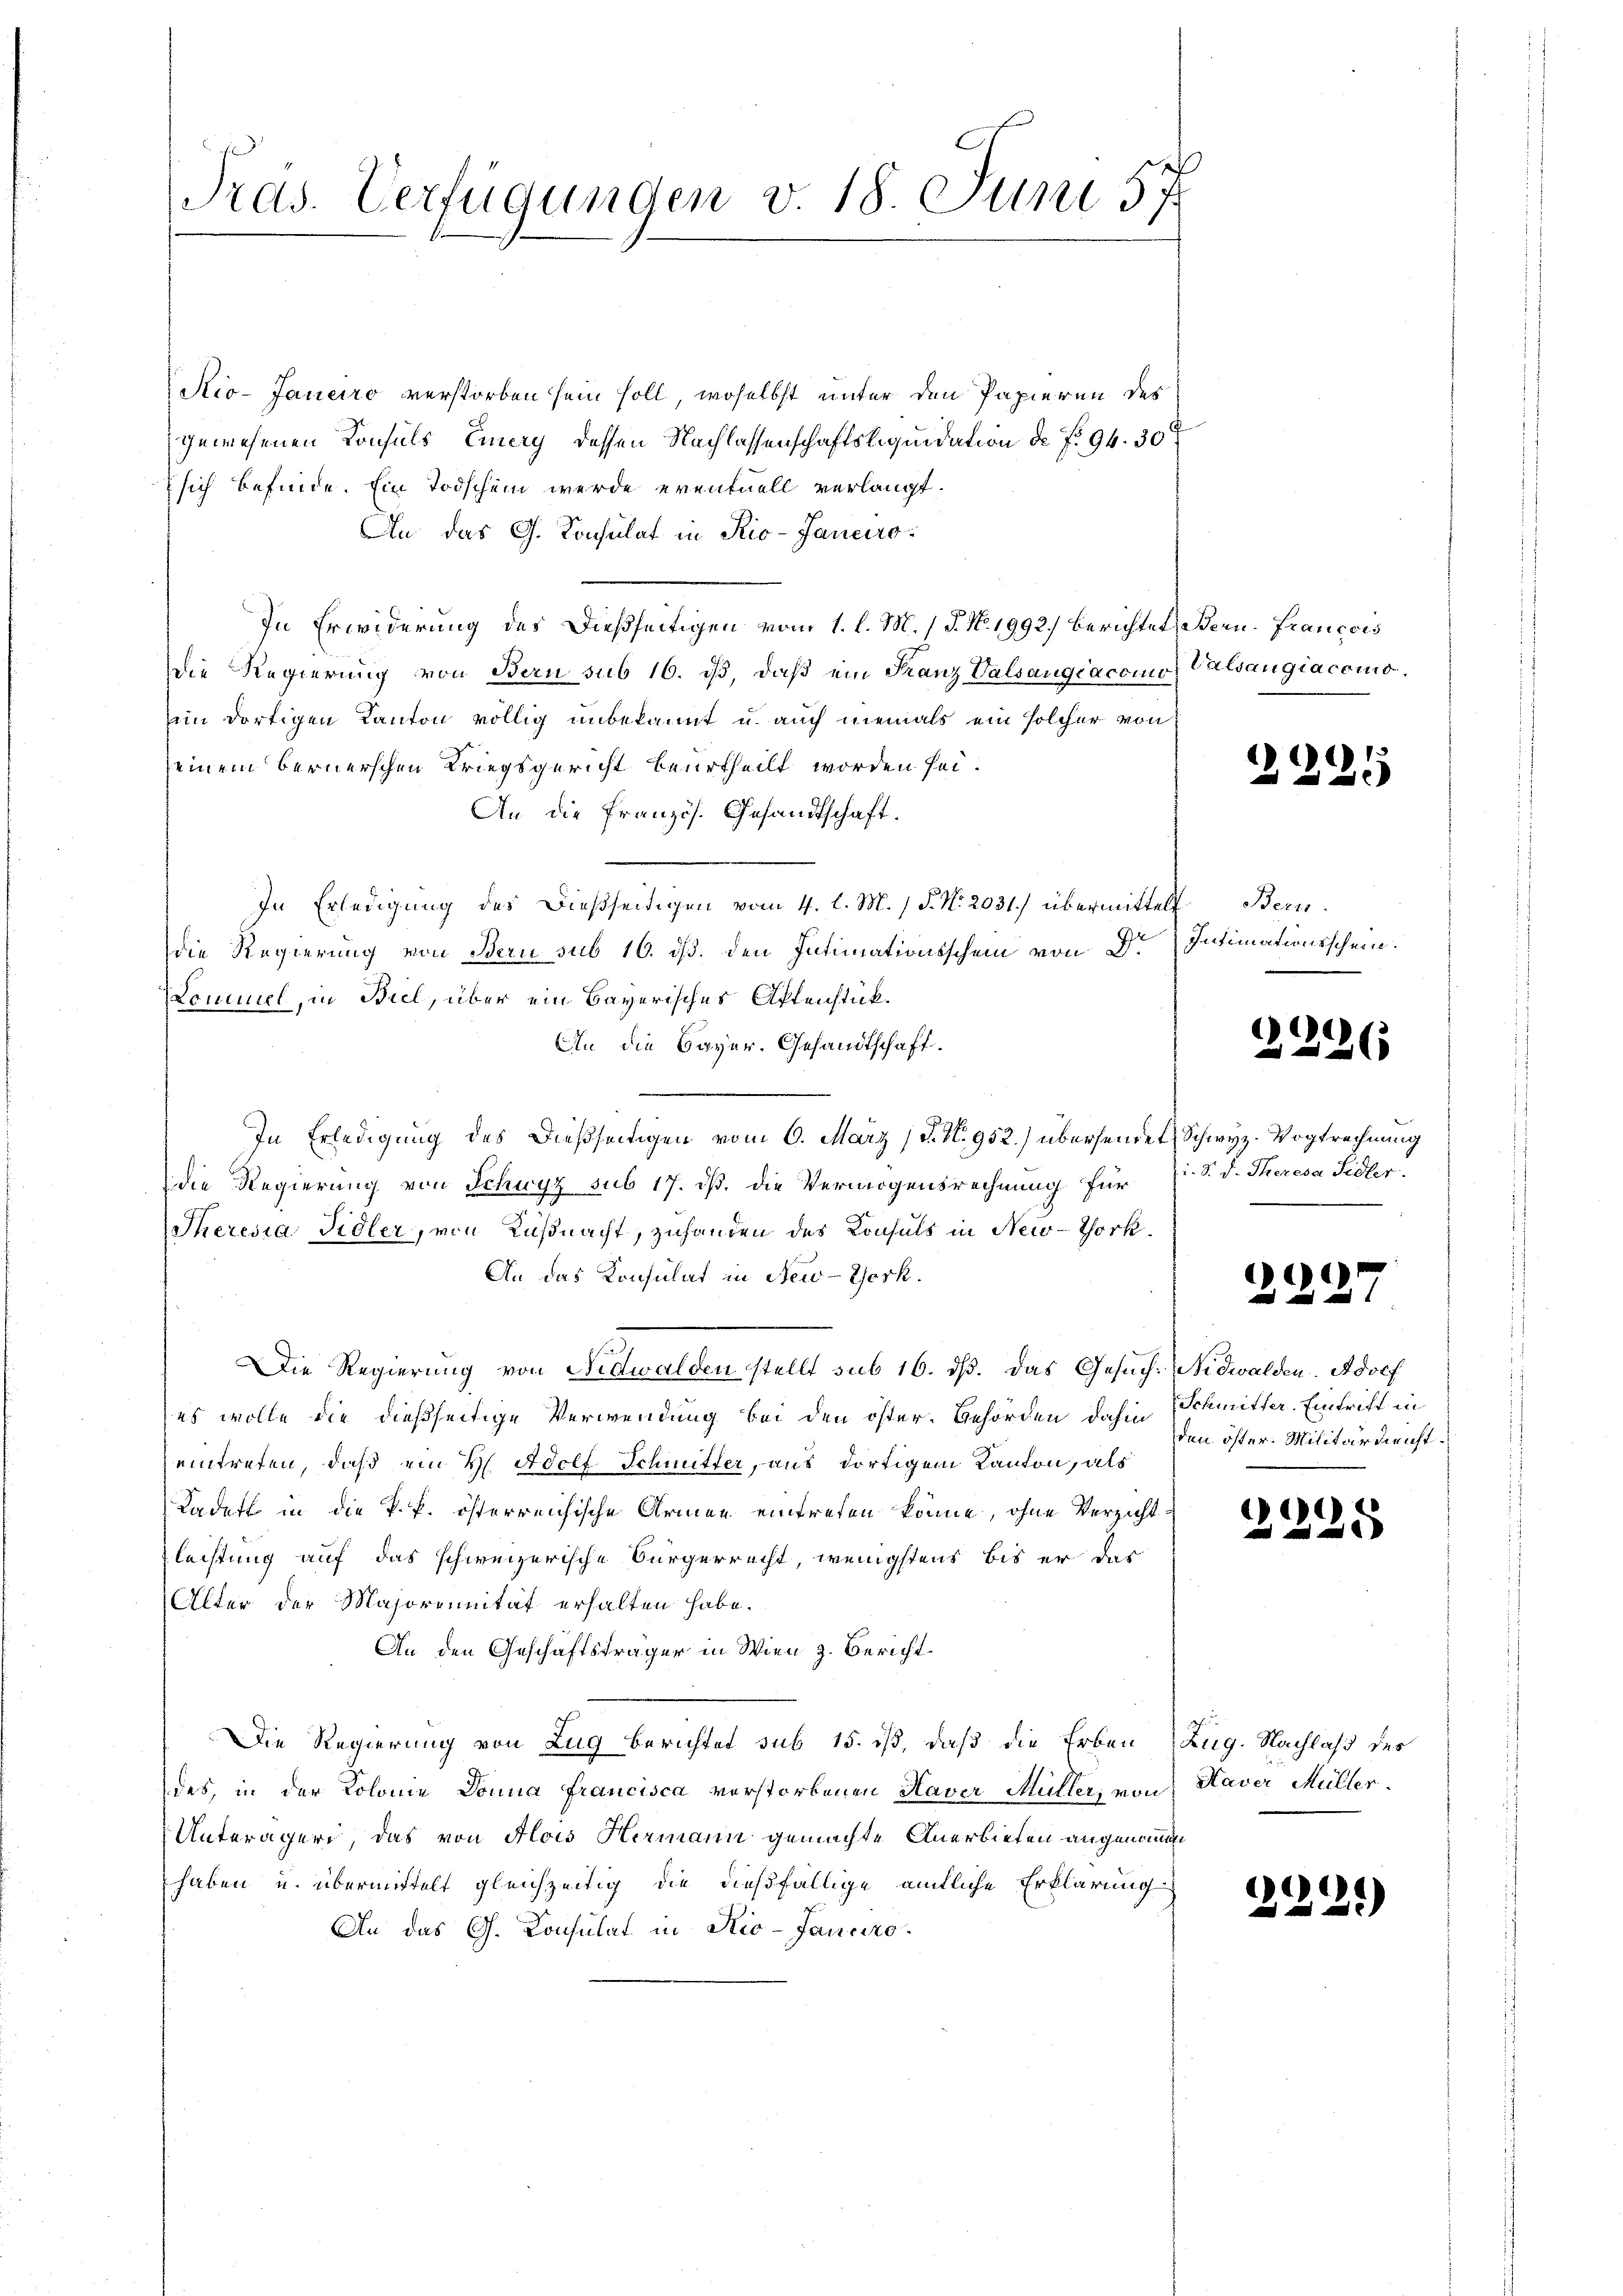
Pras. Verfügungen v. 18. Juni 57

Kio-Janeiro verstorben sein soll, woselbst unter den Papieren des
gewesenen Konsuls Eiery, dessen Nachlassenschaftsliquidation de f. 94. 30t
sich befinde. Ein Todschein werde eventuell verlangt.
An das G. Konsulat in Rio-Janeiro
In Erwiderung des dießseitigen vom 1. l. M. / 5. No. 1992.) berichtet Bern. François
Die Regierung von Bern sub 16. dβ, daβ ein Franz Valsangsacomo, Valsangiacomo.
em dortigen Kanton völlig unbekannt u. auch niemals ein solcher von
seinem bernerschen Kriegsgericht beurtheilt worden sei.
An die Französ. Gesandtschaft.
In Erledigung des dießseitigen vom 4. l. M. / 5. No. 2031.) übermittelt Bern.
die Regierung von Bern sub 16. dß. den Intimationsschein von Dr. Intimationsschein.
Lommel, in Biel, über ein Bayerisches Aktenstück.
An die Bayer. Gesandtschaft.
In Erledigung des dießseitigen vom 6. März (N. N. 952) übersendet, Schwyz. Vogtrechnung
die Regierung von Schwyz sub 17. dß. die Vermögensrechnung für
Theresia Sidler, von Küßnacht, zuhanden des Konsuls in New-York
An das Konsulat in New-York.
Die Regierung von Nidwalden stellt sub 16. dß. Das Gesuch. Nidwalden Adolf
es wolle die dießseitige Verwendung bei den öster- Gehörden dahin
eintreten, daß ein H. Adolf Schmitter, aus dortigem Kanton, als
Kadett in die k. k. österreichische Armen eintreten könne, ohne Verzichtleistung auf das schweizerische Bürgerrecht, wenigstens bis er der
Alter der Majorennität erhalten habe.
An den Geschäftsträger in Wien z. Bericht
Die Regierung von Zug berichtet sub 15. ist, daß die Erben Zug. Nachlaß des
des, in der Kolonie Donna Francisca verstorbenen Haver Müller, von Haver Müller
Unterägeri, das von Alois Hermann gemachte Anerbieten angenommen
haben u. übermittelt gleichzeitig die dießfällige amtliche Erklärung
An das G. Konsulat in Rio-Janciro

295

2226

i. S. d. Theresa Sidler.

3227

Schmitter. Eintrift in
den öster. Militärdienst¬

22.

5

229)